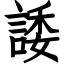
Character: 諉